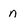
Character: n